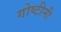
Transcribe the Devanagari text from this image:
गोष्टीनी